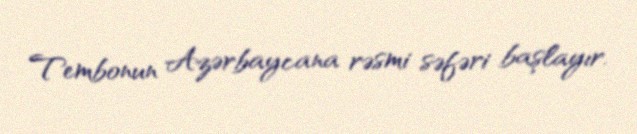
Tembonun Azərbaycana rəsmi səfəri başlayır.